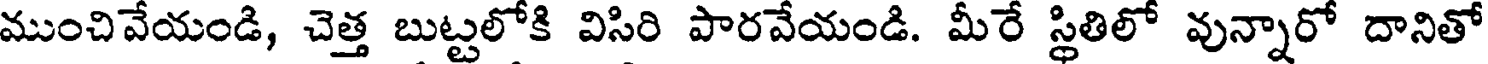
ముంచివేయండి, చెత్త బుట్టలోకి విసిరి పారవేయండి. మీరే స్థితిలో వున్నారో దానితో